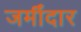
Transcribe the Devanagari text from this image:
जमीँदार